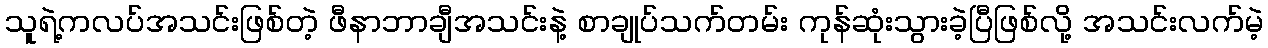
သူရဲ့ကလပ်အသင်းဖြစ်တဲ့ ဖီနာဘာချီအသင်းနဲ့ စာချုပ်သက်တမ်း ကုန်ဆုံးသွားခဲ့ပြီဖြစ်လို့ အသင်းလက်မဲ့